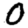
Digit: 0